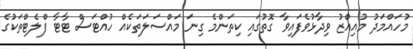
މުހައްމަދު މުއިއްޒު ވިދާޅުވެފައިވާ ގޮތުގައި ކިތަންމެ ގިނަ މައްސަލަތަކެއް ހުއްޓަސް ޓާޓާ ފްލެޓްތަކުގެ